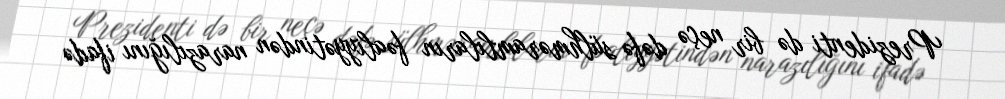
Prezidenti də bir neçə dəfə sülhməramlıların fəaliyyətindən narazılığını ifadə